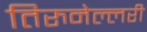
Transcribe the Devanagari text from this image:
तिरुनेल्लरी